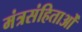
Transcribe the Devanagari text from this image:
मंत्रसंहिताओं